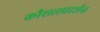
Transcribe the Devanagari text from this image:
कौशलप्रदर्शन